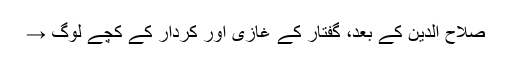
صلاح الدین کے بعد، گفتار کے غازی اور کردار کے کچے لوگ →